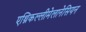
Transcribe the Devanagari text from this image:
एथ्निकल्लीमेलानेसियन